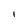
Character: 1